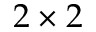
2 \times 2